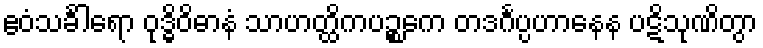
ဧဝံသင်္ခါရော ဝုဒ္ဓိဝိဓာနံ သာဟတ္ထိကပဉ္စကေ တဒင်္ဂပ္ပဟာနေန ပဋိသုဏိတွာ